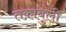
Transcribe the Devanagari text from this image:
तक़ाबुली